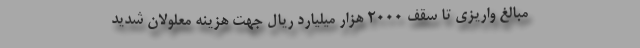
مبالغ واریزی تا سقف 2000 هزار میلیارد ریال جهت هزینه معلولان شدید